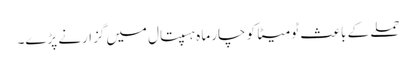
حملے کے باعث ٹومیٹا کو چار ماہ ہسپتال میں گزارنے پڑے۔